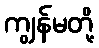
ကျွန်မတို့